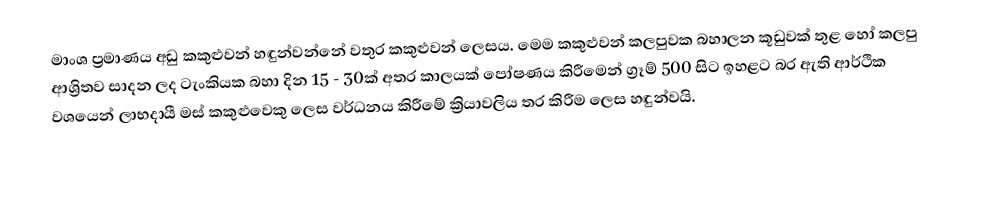
මාංශ ප්‍රමාණය අඩු කකුළුවන් හඳුන්වන්නේ වතුර කකුළුවන් ලෙසය. මෙම කකුළුවන් කලපුවක බහාලන කූඩුවක් තුළ හෝ කලපු ආශ්‍රිතව සාදන ලද ටැංකියක බහා දින 15 - 30ක් අතර කාලයක් පෝෂණය කිරීමෙන් ග්‍රෑම් 500 සිට ඉහළට බර ඇති ආර්ථික වශයෙන් ලාභදායී මස් කකුළුවෙකු ලෙස වර්ධනය කිරීමේ ක්‍රියාවලිය තර කිරීම ලෙස හඳුන්වයි.